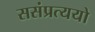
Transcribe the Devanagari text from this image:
ससंप्रत्ययो